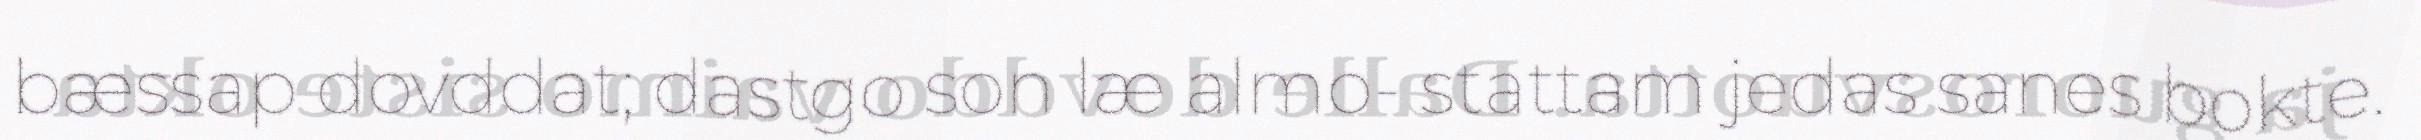
bæssap dovddat; dastgo son læ almo- stattam jedas sanes bokte.